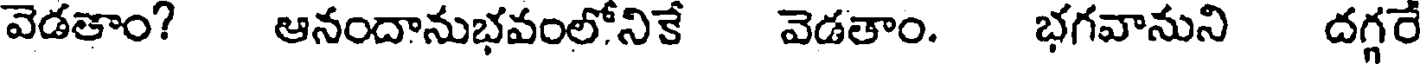
వెడతాం? ఆనందానుభవంలోనికే వెడతాం. భగవానుని దగ్గరే